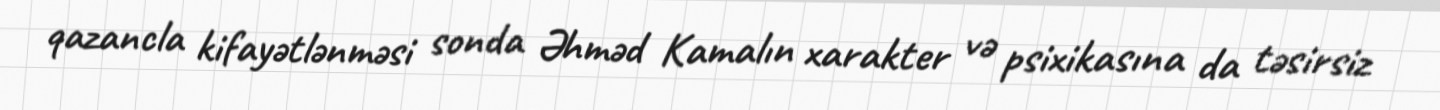
qazancla kifayətlənməsi sonda Əhməd Kamalın xarakter və psixikasına da təsirsiz